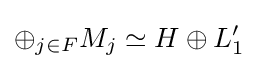
\oplus _{j\in F}M_{j}\simeq H\oplus L_{1}'